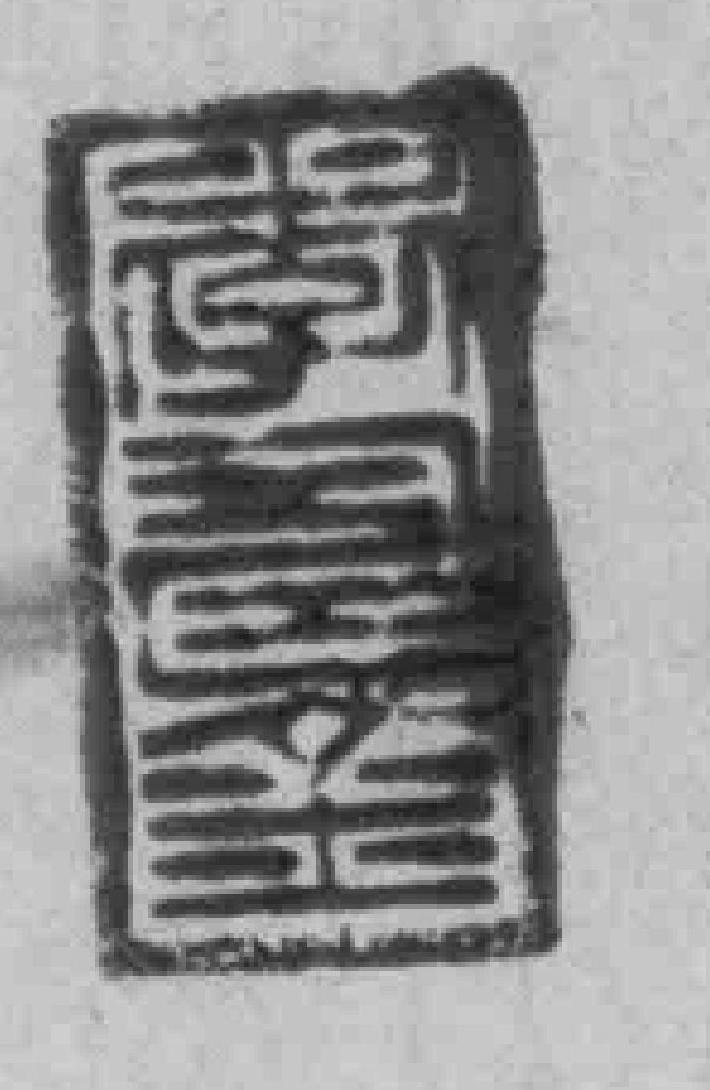
*